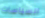
السياسات